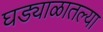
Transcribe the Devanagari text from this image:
घड्याळातल्या